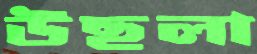
উছলা